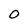
Character: 0